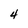
Character: 4